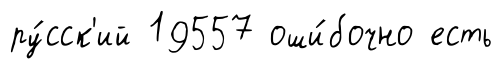
ру́сск'ий 19557 оши́бочно есть